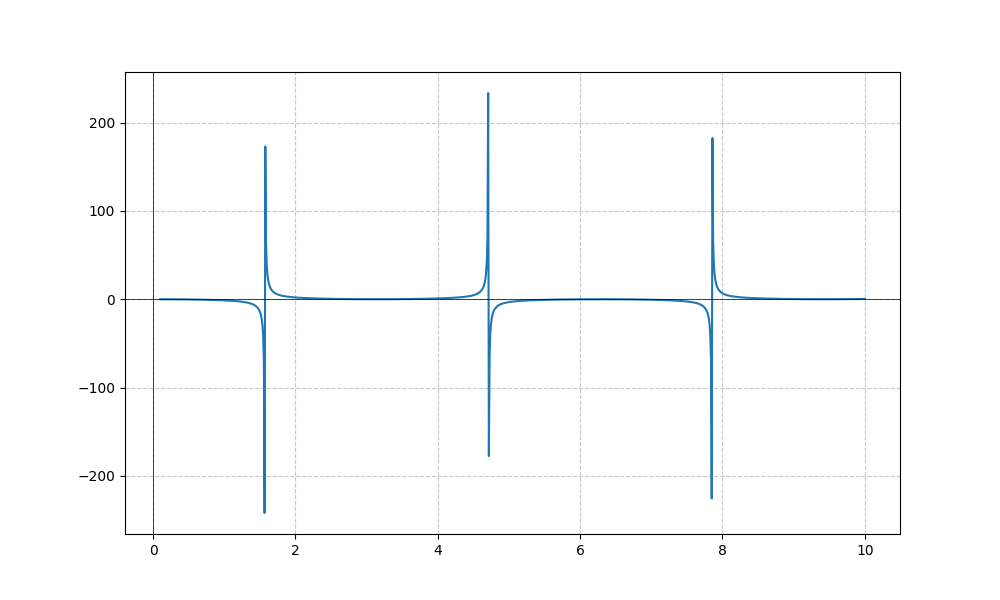
LaTeX formula: - \sin{\left(x \right)} \tan{\left(x \right)}